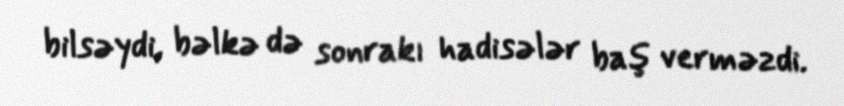
bilsəydi, bəlkə də sonrakı hadisələr baş verməzdi.